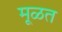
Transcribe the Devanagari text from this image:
मूळत